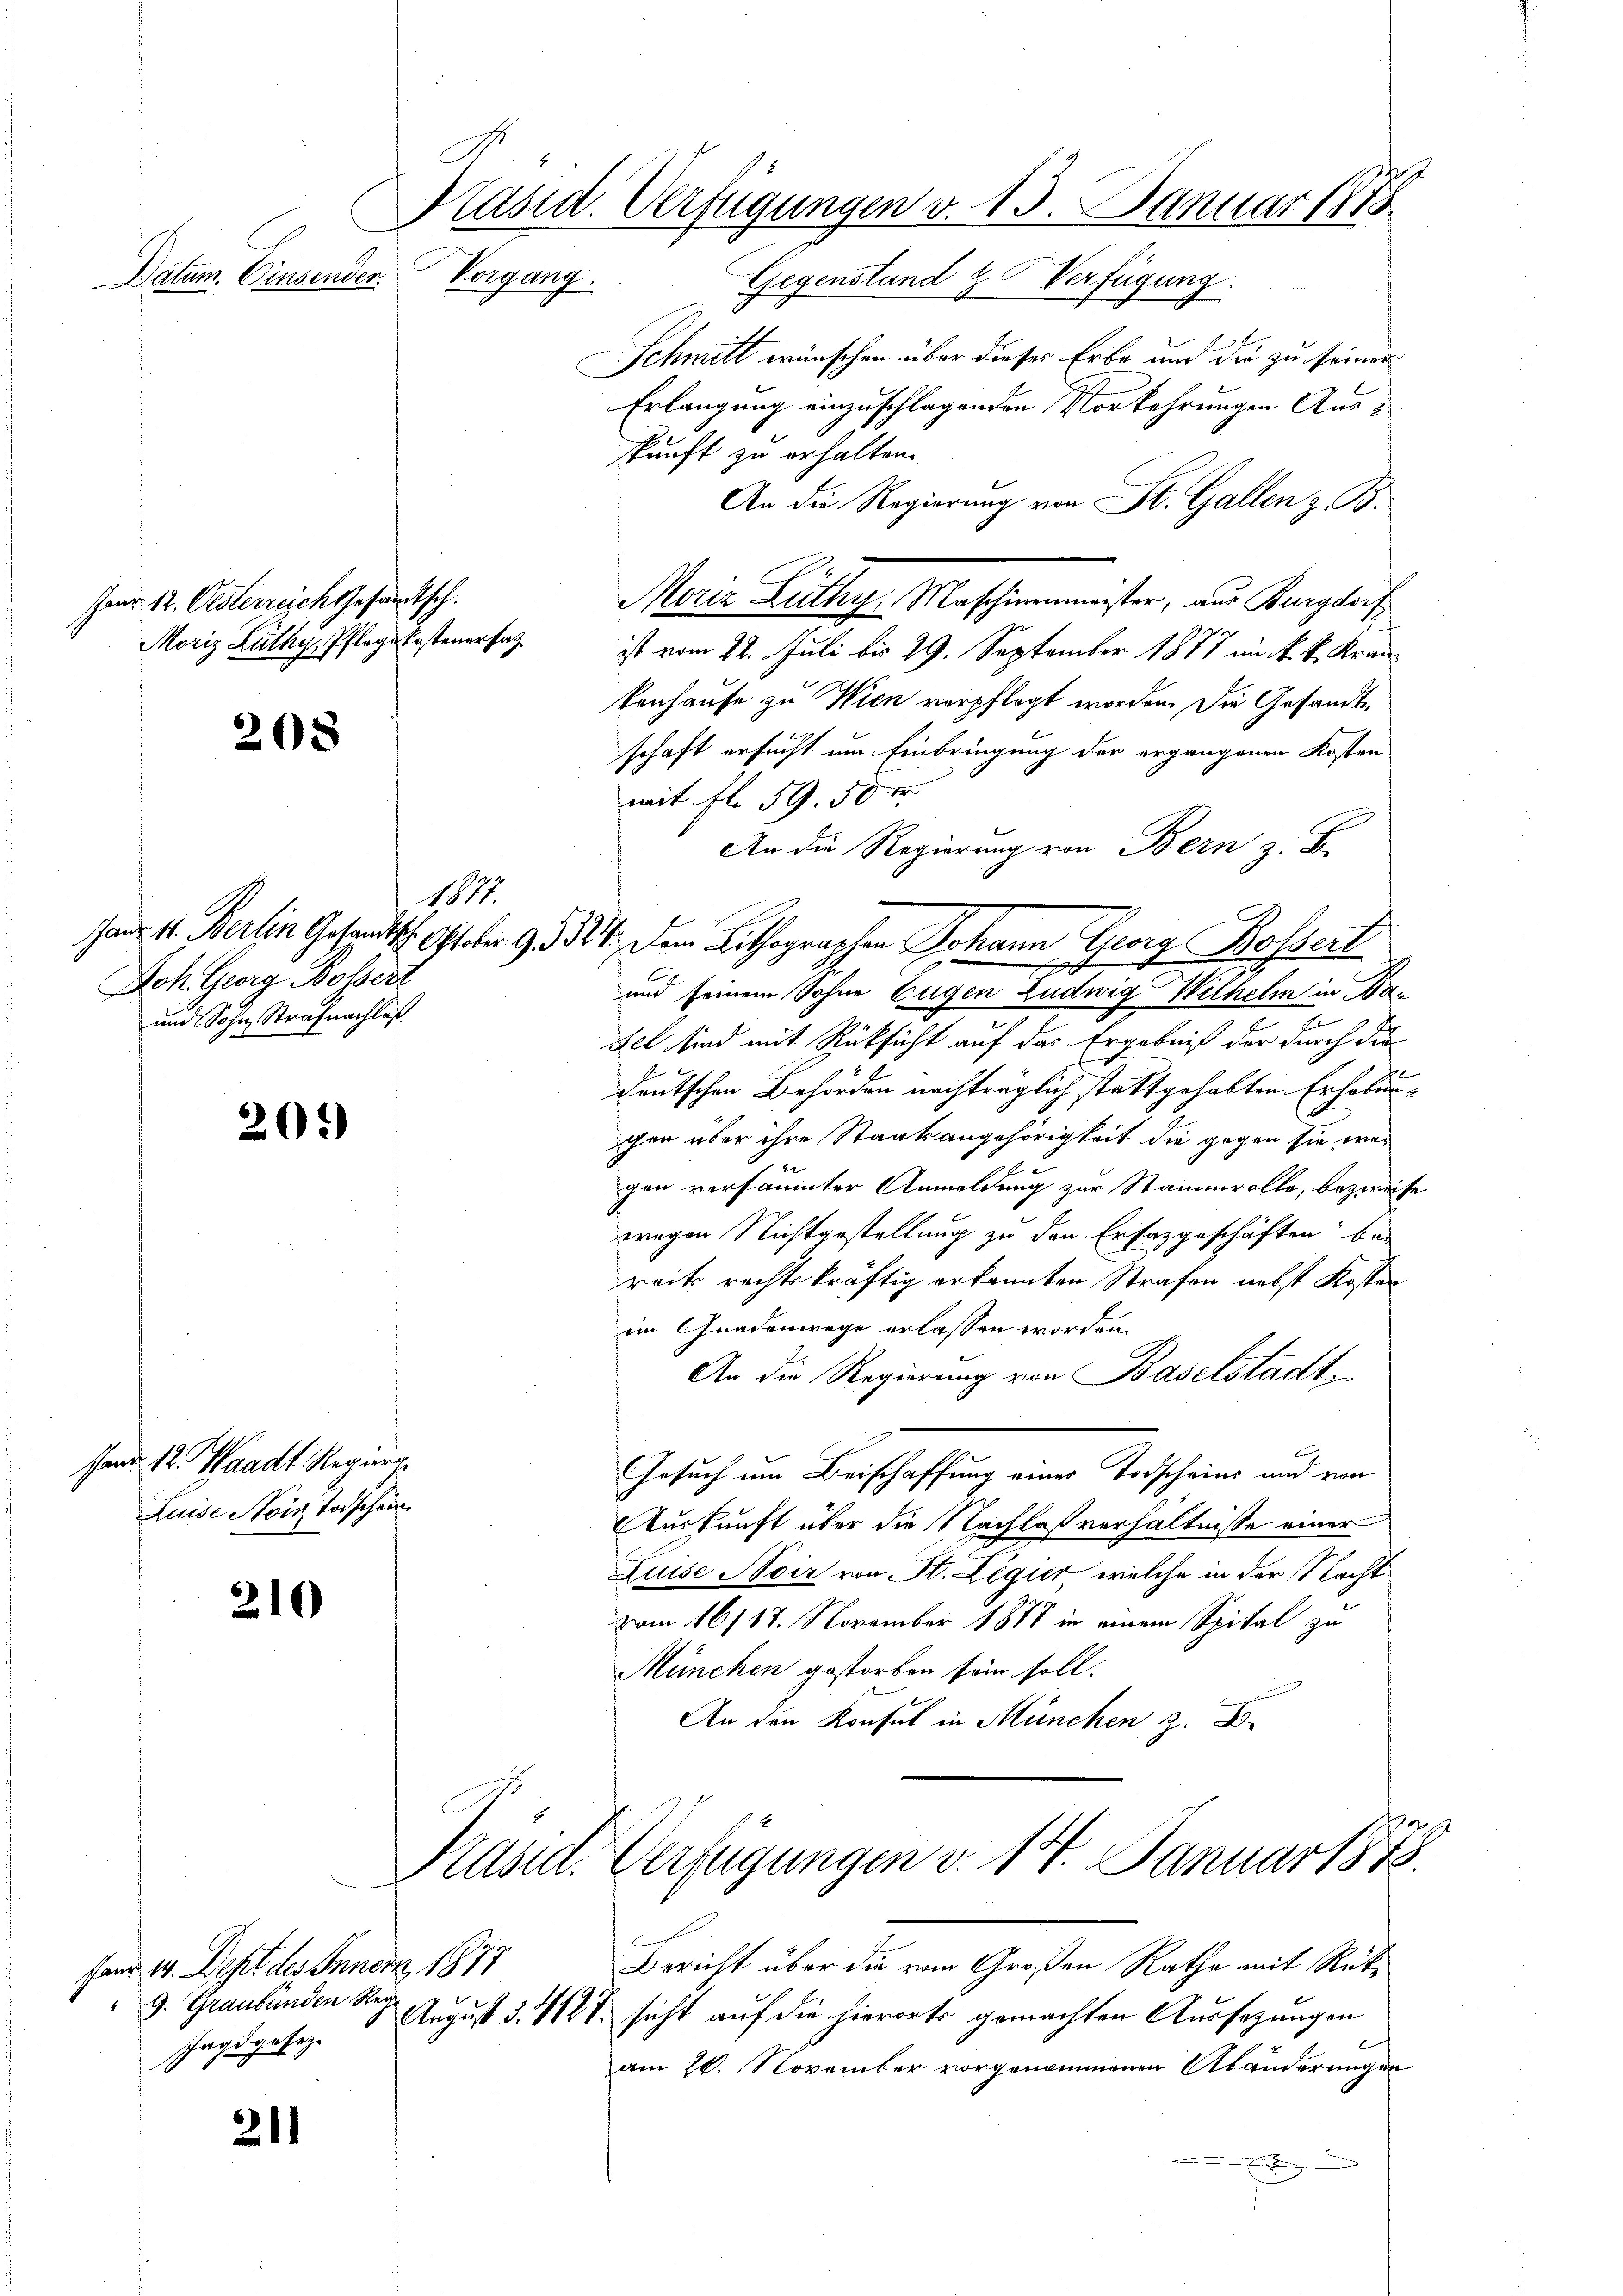
Präsid. Verfügungen v. 13. Januar 1875
Vorgang.
Datum. Einsenden.
Gegenstand & Verfügung.

Jand 12. Oesterreich Gesandtsch.

208

20.)

Pand. 12. Waadt Regier
Luise Hors Todschen

210

Fand 14. Dept des Innern 1877
9. Graubünden Reg
sagdgesetze

211

1
Joh. Georg Bossert
und Sohn Strafnachlaß

Schmitt wünschen über dieses Erbe und die zu seiner
Erlangung einzuschlagenden Vorkehrungen Auskunft zu erhalten.
An die Regierung von St. Gallen z. B.
Maria Lüthy, Maschinister, aus Kanzliche
Moriz Lüthy, Pflegekostenersatz ist vom 22. Juli bis 29. September 1877 im k. k. Krankenhause zu Wien verpflegt worden. Die Gesandte
schaft ersucht um Einbringung der ergangenen Kosten
mit fl. 59. 50 r
An die Regierung von Bern z. B.
und seinem Sohne Eugen Ludwig Wilhelm in Dasel sind mit Rücksicht auf das Ergebniß der durch die
deutschen Behörden nachträglich stattgehabten Erhabunchen über ihre Staatsangehörigkeit die gegen sie wei
gen versäumter Anmeldung zur Stammvolle, bezweife
wegen Nichtgestellung zu den Erfasgeschäften bei
reits rechtskräftig erkannten Strafen nebst Kosten
im Gnadenwege erlassen worden.
An die Regierung von Baselstadt.
Gesuch um Beischaffung einer Todscheins und von
Auskunft über die Nachlaßverhältnisse einer
Luise Noir von St. Legier, welche in der Nacht
vom 16/18. November 1878 in einem Spital zu
München gestorben sein soll.
An den Konsul in München z. B.

san. 11. Berlin Gesandtsch. Ober 9. 1324. Dem Lithographen Johann Georg Bossert

90. 14
Kasut-Verfügungen v. 14. Januar 1873.

Bericht über die vom Großen Rathe mit Rük¬
August d. 1127, sicht auf die hierorts gemachten Aussezungen
am 26. November vorgenommenen Abänderungen
u